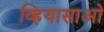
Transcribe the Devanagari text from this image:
व्हियासाओ